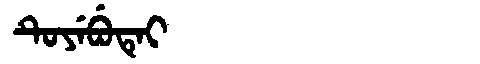
Manchu: ᡨᡠᠶᡝᠪᡠᡨᡝᡳ
Romanization: TUYEBUTEI